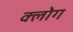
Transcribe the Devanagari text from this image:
क्लोग